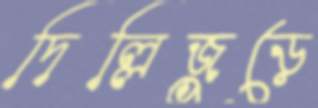
দিল্লিজুড়ে